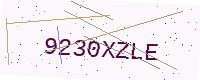
Text: 9230XZLE